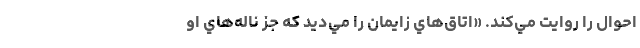
احوال را روايت مي‌كند. «اتاق‌هاي زايمان را مي‌ديد كه جز ناله‌هاي او